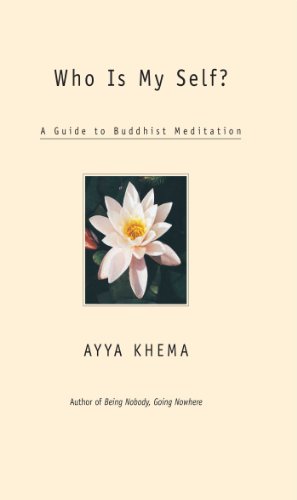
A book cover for Who Is My Self?: A Guide to Buddhist Meditation; Ayya Khema; Religion & Spirituality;